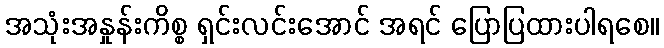
အသုံးအနှုန်းကိစ္စ ရှင်းလင်းအောင် အရင် ပြောပြထားပါရစေ။